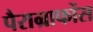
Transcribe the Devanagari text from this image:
पैराग्राफोंस